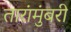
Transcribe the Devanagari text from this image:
तारांमुंबरी